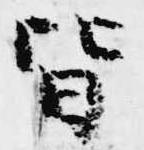
皆